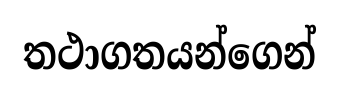
තථාගතයන්ගෙන්